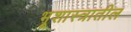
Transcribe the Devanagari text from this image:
भूशास्त्रातील